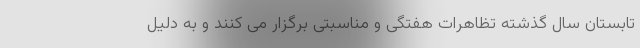
تابستان سال گذشته تظاهرات هفتگی و مناسبتی برگزار می کنند و به دلیل